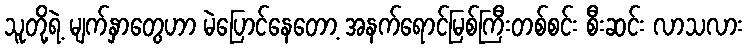
သူတို့ရဲ့ မျက်နှာတွေဟာ မဲပြောင်နေတော့ အနက်ရောင်မြစ်ကြီးတစ်စင်း စီးဆင်း လာသလား